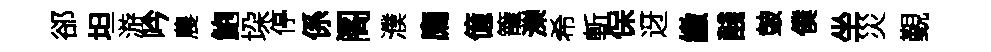
郤坦游吟農鮑垜停係阁濮廌億籠濼希斬保迓繳醆皷僕坐災覲